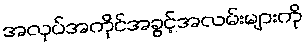
အလုပ်အကိုင်အခွင့်အလမ်းများကို